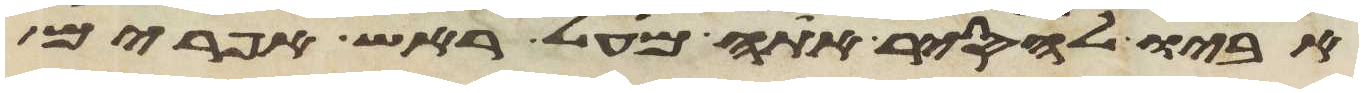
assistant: אביו להסיר אתה מעל ראש אפרים